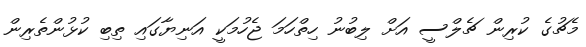
މެޗުގެ ކުރިން ޗެލްސީ އަށް ލިބުނު ހިތްހަމަ ޖެހުމަކީ އަނިޔާގައި ތިބި ކުޅުންތެރިން